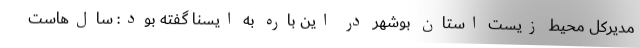
مدیرکل محیط زیست استان بوشهر در این باره به ایسنا گفته بود: سال‌هاست